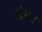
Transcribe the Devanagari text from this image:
संघः